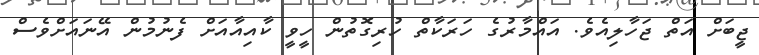
ޖީބަށް އަތް ޖަހާލިއެވެ. އައްމާރުގެ ހަރަކާތް ހުރިގޮތުން ހީވީ ކާއިއާއަށް ފެނުމުން އޭނައަށްވެސް